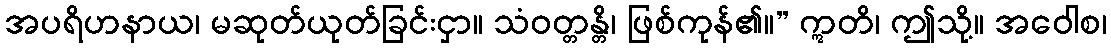
အပရိဟနာယ၊ မဆုတ်ယုတ်ခြင်းငှာ။ သံဝတ္တန္တိ၊ ဖြစ်ကုန်၏။” ဣတိ၊ ဤသို့။ အဝေါစ၊